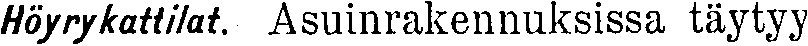
Hörykattilat. Asuinrakennuksissa täytyy